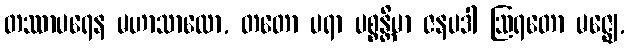
တဿာပရေန မဟာသာလော, တတော ပရာ ပစ္စန္တိမာ ဇနပဒါ ဩရတော မဇ္ဈေ,